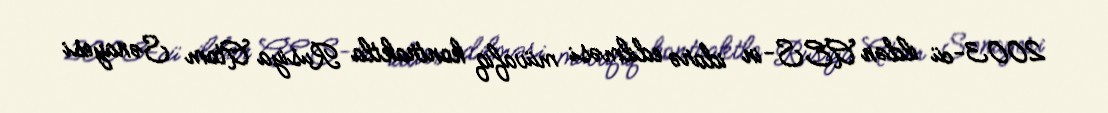
2003-cü ildən AES-in idarə edilməsi müvafiq kontraktla Rusiya Atom Sənayesi